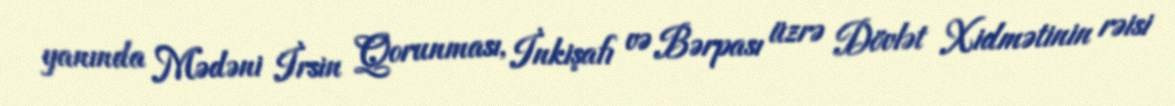
yanında Mədəni İrsin Qorunması, İnkişafı və Bərpası üzrə Dövlət Xidmətinin rəisi